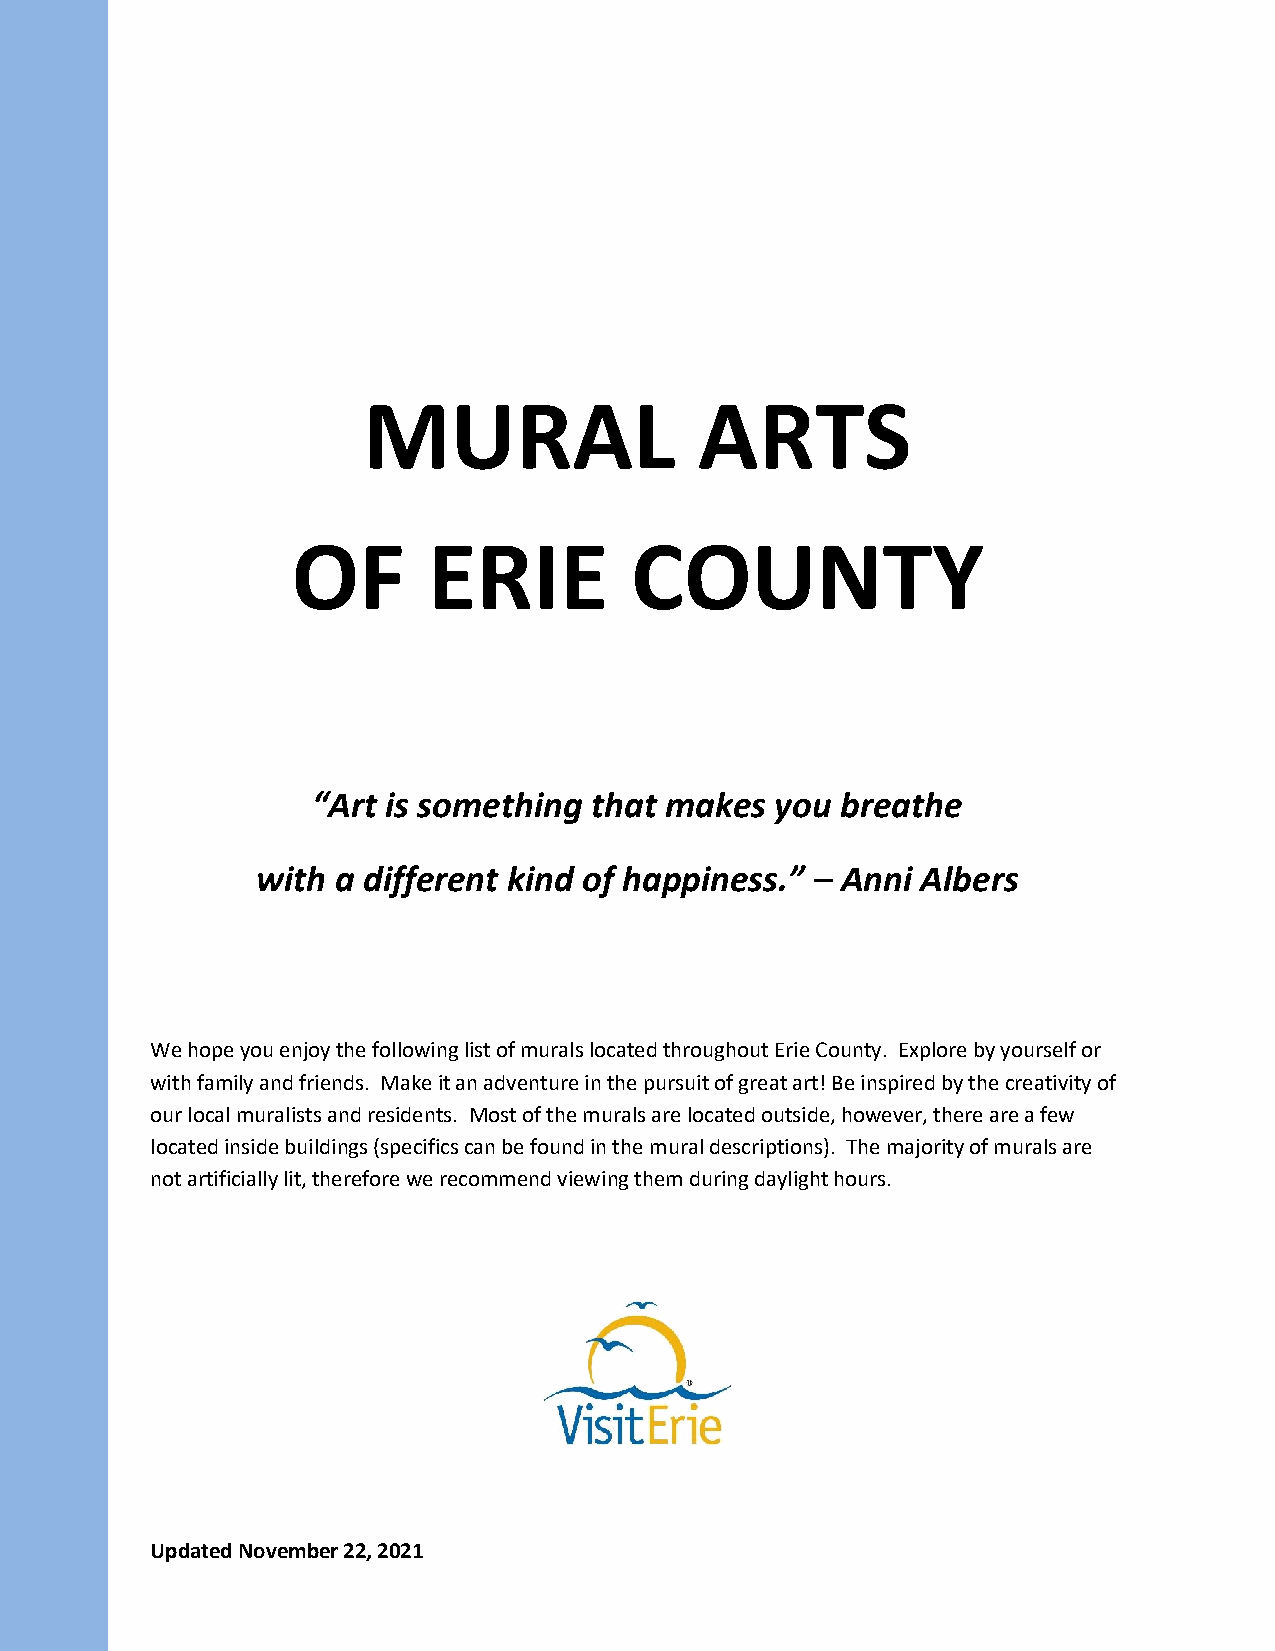
MURAL                 ARTS
 OF       ERIE          COUNTY
 “Art is something that makes  you  breathe
 with a different kind of happiness.” – Anni Albers
 We hope you enjoy the following list of murals located throughout Erie County. Explore by yourself or
 with family and friends. Make it an adventure in the pursuit of great art! Be inspired by the creativity of
 our local muralists and residents. Most of the murals are located outside, however, there are a few
 located inside buildings (specifics can be found in the mural descriptions). The majority of murals are
 not artificially lit, therefore we recommend viewing them during daylight hours.
 Updated November 22, 2021